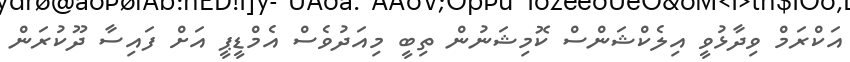
އަކްރަމް ވިދާޅުވީ އިލެކްޝަންސް ކޮމިޝަނުން ތިބީ މިއަދުވެސް އެމްޑީޕީ އަށް ފައިސާ ދޫކުރަން